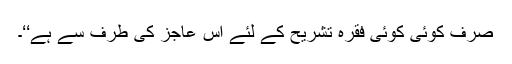
صرف کوئی کوئی فقرہ تشریح کے لئے اس عاجز کی طرف سے ہے‘‘۔